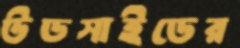
উডসাইডের